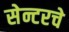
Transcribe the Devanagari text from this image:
सेन्टरचे